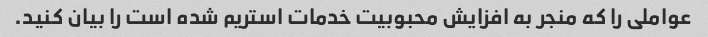
عواملی را که منجر به افزایش محبوبیت خدمات استریم شده است را بیان کنید.